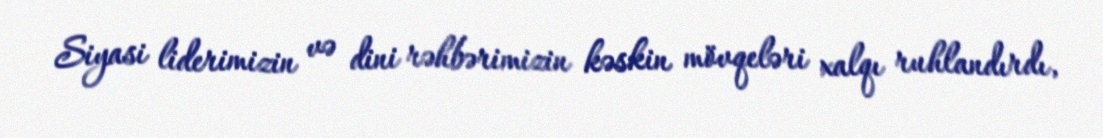
Siyasi liderimizin və dini rəhbərimizin kəskin mövqeləri xalqı ruhlandırdı,